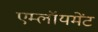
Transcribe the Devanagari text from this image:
एम्लॉयमेंट